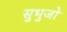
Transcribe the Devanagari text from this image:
सुभुजो